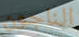
الناجون